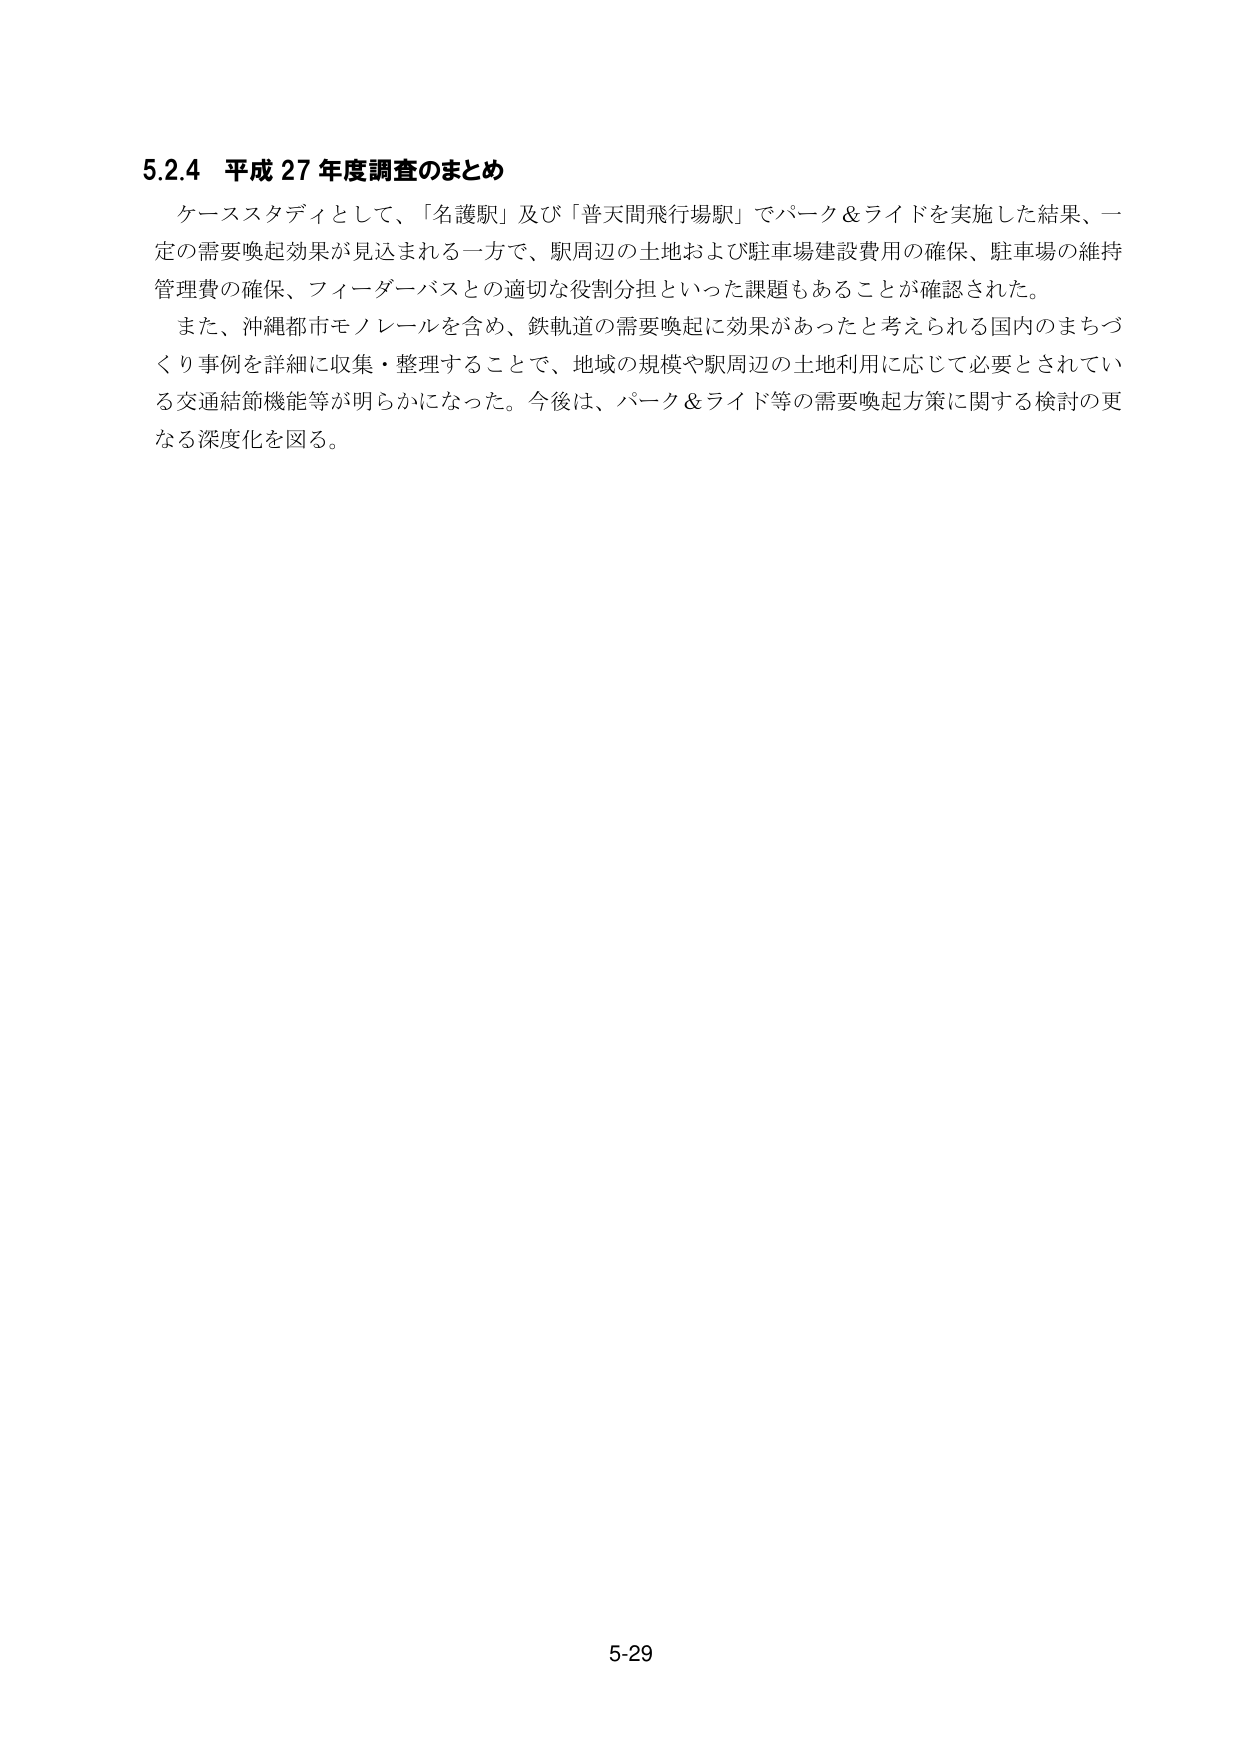
5.2.4 平成 27 年度調査のまとめ
ケーススタディとして、「名護駅」及び「普天間飛行場駅」でパーク＆ライドを実施した結果、一定の需要喚起効果が見込まれる一方で、駅周辺の土地および駐車場建設費用の確保、駐車場の維持管理費の確保、フィーダーバスとの適切な役割分担といった課題もあることが確認された。
また、沖縄都市モノレールを含め、鉄軌道の需要喚起に効果があったと考えられる国内のまちづくり事例を詳細に収集・整理することで、地域の規模や駅周辺の土地利用に応じて必要とされている交通結節機能等が明らかになった。今後は、パーク＆ライド等の需要喚起方策に関する検討の更なる深度化を図る。
5-29